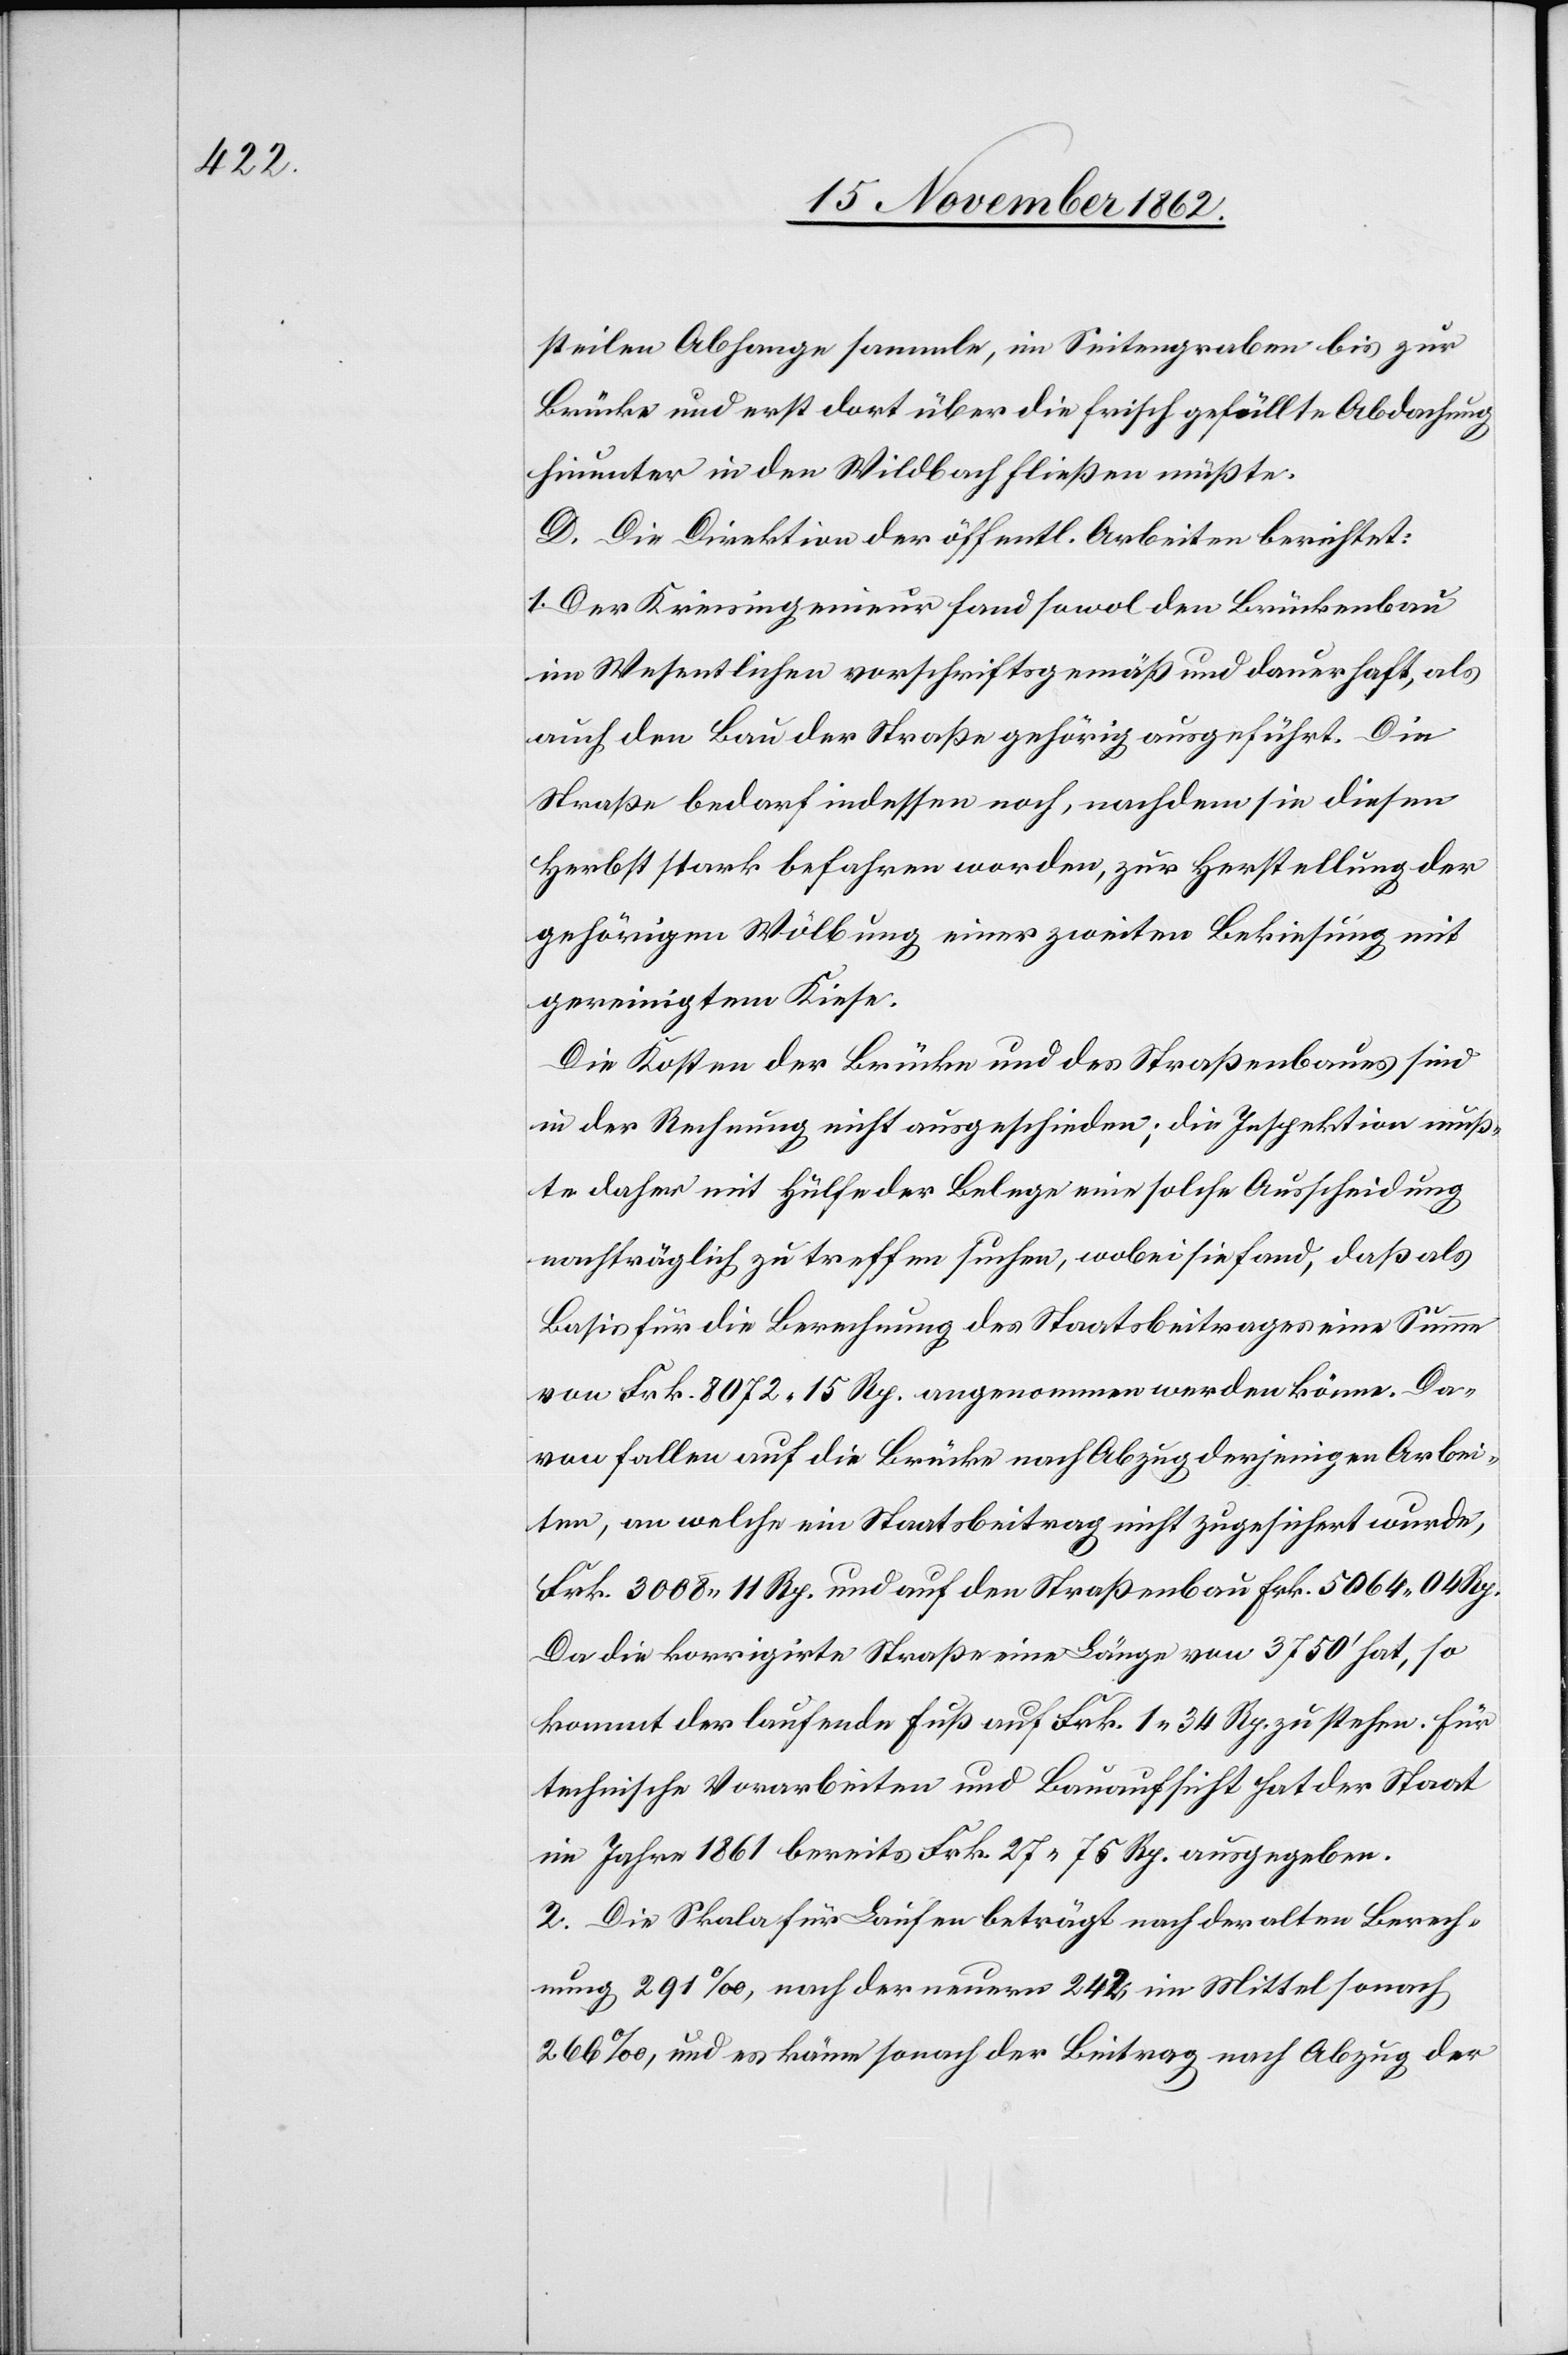
steilen Abhange sammle, im Seitengraben bis zur
Brücke und erst dort über die frisch gefällte Abdachung
hinunter in den Wildbach fließen müßte.
D. Die Direktion der öffentl. Arbeiten berichtet:
1. Der Kreisingenieur fand sowol den Brückenbau
im Wesentlichen vorschriftsgemäß und dauerhaft, als
auch den Bau der Straße gehörig ausgeführt. Die
Straße bedarf indessen noch, nachdem sie diesen
Herbst stark befahren worden, zur Herstellung der
gehörigen Wölbung einer zweiten Bekiesung mit
gereinigtem Kiese.
Die Kosten der Brücke und des Straßenbaues sind
in der Rechnung nicht ausgeschieden; die Inspektion muß¬
te daher mit Hülfe der Belege eine solche Ausscheidung
nachträglich zu treffen suchen, wobei sie fand, daß als
Basis für die Berechnung des Staatsbeitrages eine Summe
von Frk. 8072 15 Rp. angenommen werden könne. Da¬
von fallen auf die Brücke nach Abzug derjenigen Arbei¬
ten, an welche ein Staatsbeitrag nicht zugesichert wurde,
Frk. 3008 11 Rp. und auf den Straßenbau Frk. 5064 04 Rp.
Da die korrigirte Straße eine Länge von 3750’ hat, so
kommt der laufende Fuß auf Frk. 1 34 Rp. zu stehen. Für
technische Vorarbeiten und Bauaufsicht hat der Staat
im Jahre 1862 bereits Frk. 27 75 Rp. ausgegeben.
2. Die Skala für Laufen beträgt nach der alten Berech¬
nung 291‰, nach der neuern 242, im Mittel sonach
266‰, und es könne sonach der Beitrag nach Abzug der